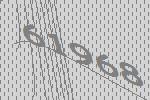
61968